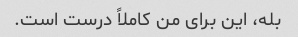
بله، این برای من کاملاً درست است.